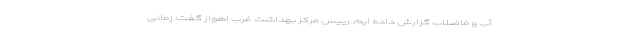
آب و فاضلاب گزارش داده ایم. رییس مرکز بهداشت غرب اهواز گفت: زمانی